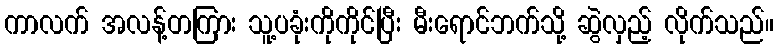
ကာလက် အလန့်တကြား သူ့ပခုံးကိုကိုင်ပြီး မီးရောင်ဘက်သို့ ဆွဲလှည့် လိုက်သည်။